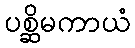
ပစ္ဆိမကာယံ